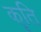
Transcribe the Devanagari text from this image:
कॄति